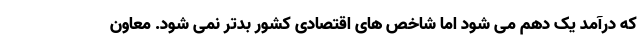
که درآمد یک دهم می شود اما شاخص های اقتصادی کشور بدتر نمی شود. معاون